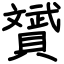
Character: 贇